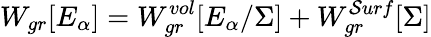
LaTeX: W_{gr}[E_{\alpha}]=W_{gr}^{vol}[E_{\alpha}/\Sigma]+W_{gr}^{\mathcal{S}urf}[\Sigma]